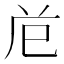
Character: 𭘊